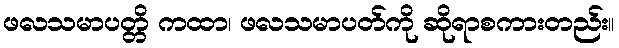
ဖလသမာပတ္တိ ကထာ၊ ဖလသမာပတ်ကို ဆိုရာစကားတည်း။